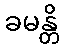
ခမန္တိ